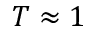
T \approx 1